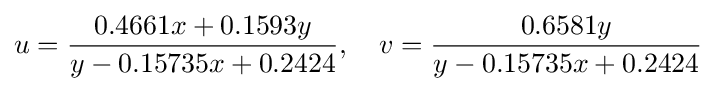
u={\frac {0.4661x+0.1593y}{y-0.15735x+0.2424}},\quad v={\frac {0.6581y}{y-0.15735x+0.2424}}